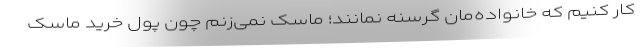
کار کنیم که خانواده‌مان گرسنه نمانند؛ ماسک نمی‌زنم چون پول خرید ماسک